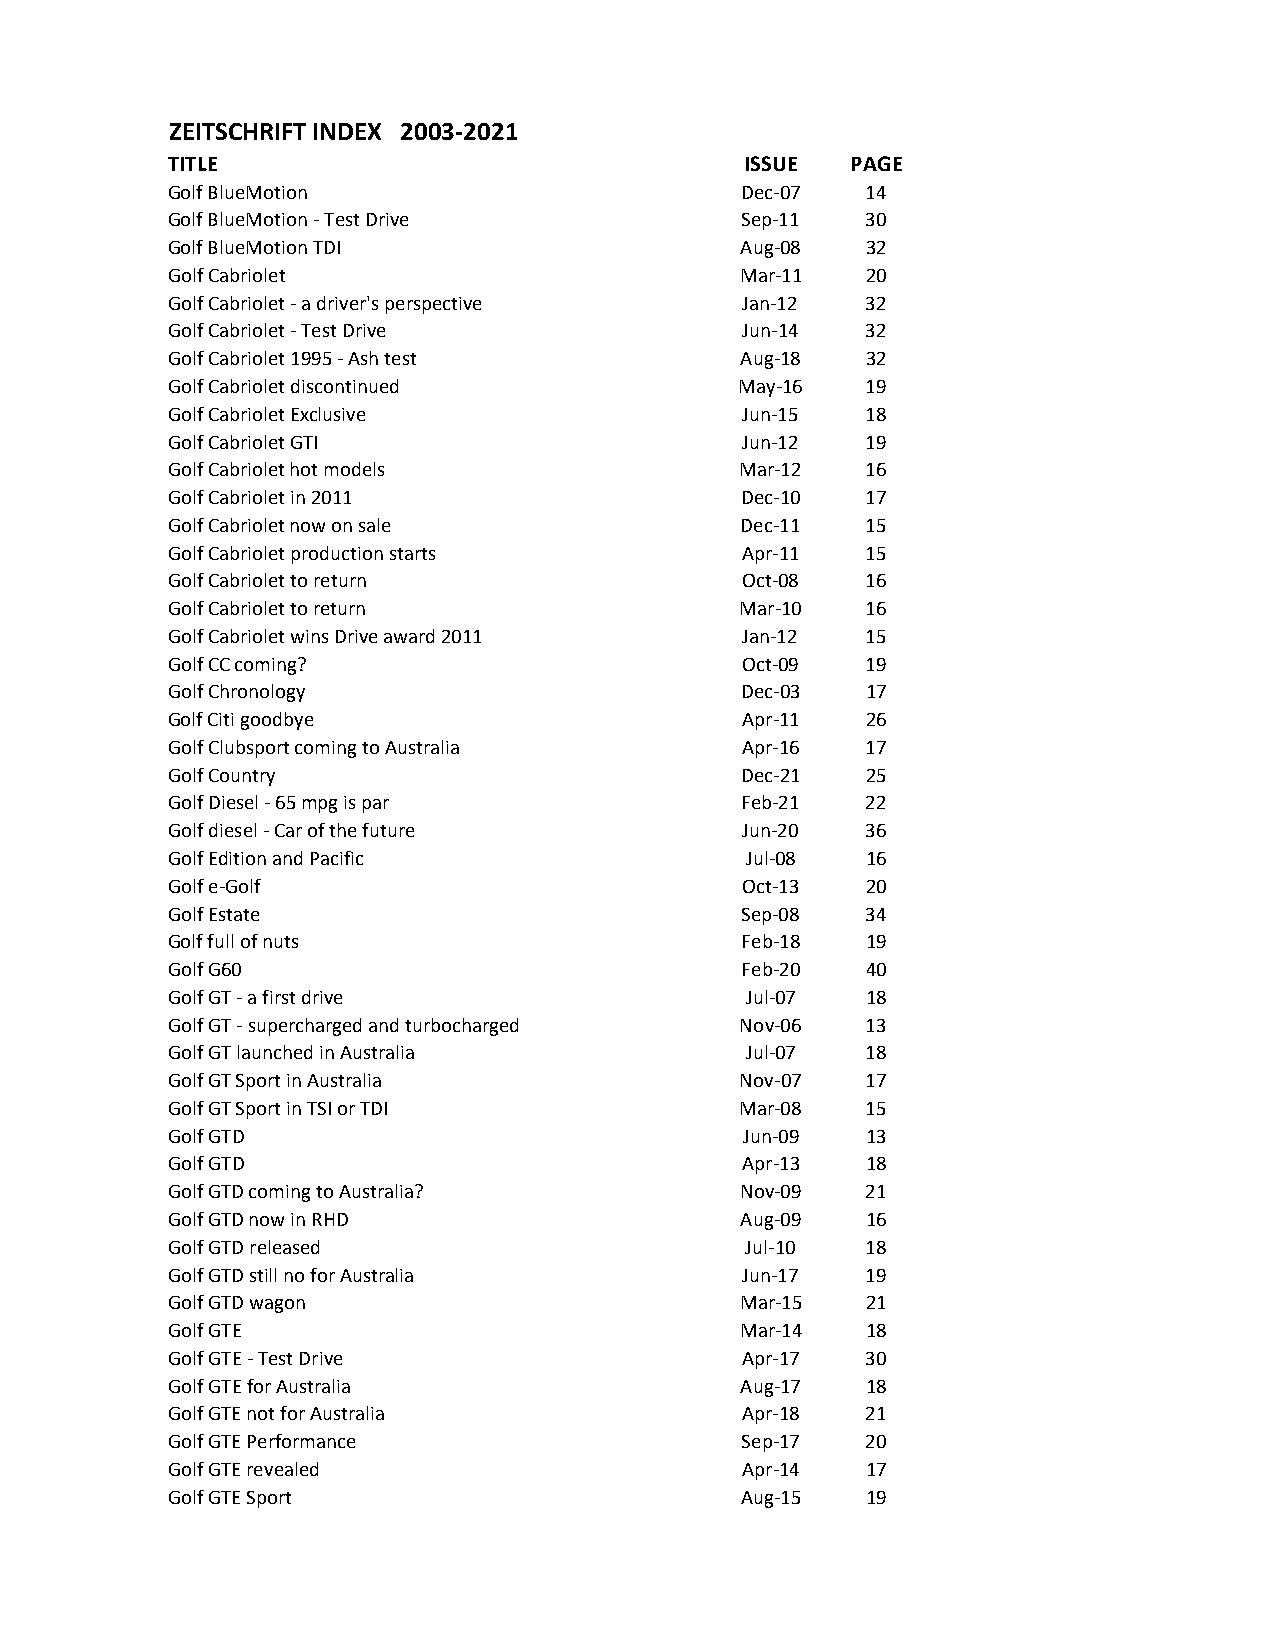
ZEITSCHRIFT INDEX 2003-2021
 TITLE                                 ISSUE  PAGE
 Golf BlueMotion                       Dec-07  14
 Golf BlueMotion - Test Drive          Sep-11  30
 Golf BlueMotion TDI                   Aug-08  32
 Golf Cabriolet                        Mar-11  20
 Golf Cabriolet - a driver's perspective Jan-12 32
 Golf Cabriolet - Test Drive           Jun-14  32
 Golf Cabriolet 1995 - Ash test        Aug-18  32
 Golf Cabriolet discontinued           May-16  19
 Golf Cabriolet Exclusive              Jun-15  18
 Golf Cabriolet GTI                    Jun-12  19
 Golf Cabriolet hot models             Mar-12  16
 Golf Cabriolet in 2011                Dec-10  17
 Golf Cabriolet now on sale            Dec-11  15
 Golf Cabriolet production starts      Apr-11  15
 Golf Cabriolet to return              Oct-08  16
 Golf Cabriolet to return              Mar-10  16
 Golf Cabriolet wins Drive award 2011  Jan-12  15
 Golf CC coming?                       Oct-09  19
 Golf Chronology                       Dec-03  17
 Golf Citi goodbye                     Apr-11  26
 Golf Clubsport coming to Australia    Apr-16  17
 Golf Country                          Dec-21  25
 Golf Diesel - 65 mpg is par           Feb-21  22
 Golf diesel - Car of the future       Jun-20  36
 Golf Edition and Pacific              Jul-08  16
 Golf e-Golf                           Oct-13  20
 Golf Estate                           Sep-08  34
 Golf full of nuts                     Feb-18  19
 Golf G60                              Feb-20  40
 Golf GT - a first drive               Jul-07  18
 Golf GT - supercharged and turbocharged Nov-06 13
 Golf GT launched in Australia         Jul-07  18
 Golf GT Sport in Australia            Nov-07  17
 Golf GT Sport in TSI or TDI           Mar-08  15
 Golf GTD                              Jun-09  13
 Golf GTD                              Apr-13  18
 Golf GTD coming to Australia?         Nov-09  21
 Golf GTD now in RHD                   Aug-09  16
 Golf GTD released                     Jul-10  18
 Golf GTD still no for Australia       Jun-17  19
 Golf GTD wagon                        Mar-15  21
 Golf GTE                              Mar-14  18
 Golf GTE - Test Drive                 Apr-17  30
 Golf GTE for Australia                Aug-17  18
 Golf GTE not for Australia            Apr-18  21
 Golf GTE Performance                  Sep-17  20
 Golf GTE revealed                     Apr-14  17
 Golf GTE Sport                        Aug-15  19